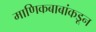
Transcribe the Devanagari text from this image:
माणिकबाबांकडून